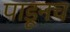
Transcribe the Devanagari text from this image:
पाडूनच